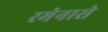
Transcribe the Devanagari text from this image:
रमेनासे